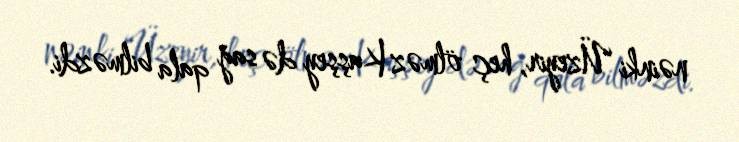
nəinki Üzeyir, heç ölməz Kaşşey də sağ qala bilməzdi.